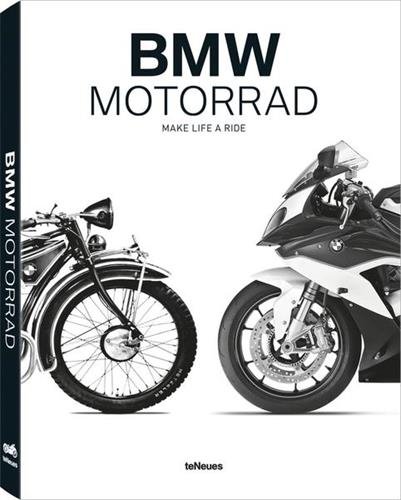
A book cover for BMW Motorrad: Fascination, Innovation, Myth; Engineering & Transportation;